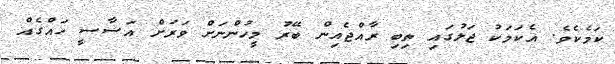
ކަމެކެވެ. އެކަމަކު ޖަލުގައި ތިބި ރާއްޖެއިން ބޭރު މީހުންނަށް ވަރަށް އަސާސީ ހައްގެއް